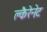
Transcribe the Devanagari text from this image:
क्लैरेनेट